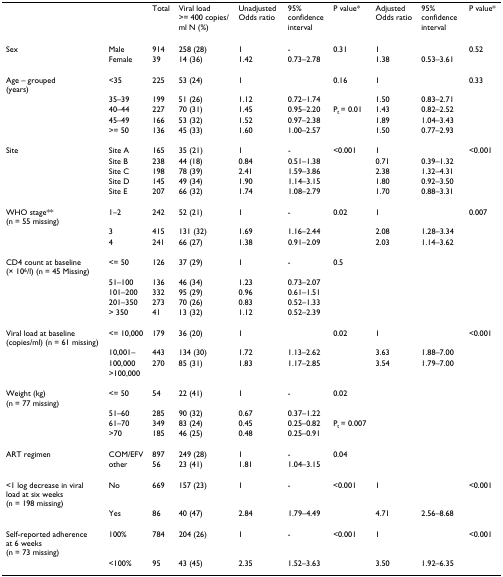
<table><thead><tr><td></td><td></td><td><b>Total</b></td><td><b>Viral load &gt;= 400 copies/ml N (%)</b></td><td><b>Unadjusted Odds ratio</b></td><td><b>95% confidence interval</b></td><td><b>P value*</b></td><td><b>Adjusted Odds ratio</b></td><td><b>95% confidence interval</b></td><td><b>P value*</b></td></tr></thead><tbody><tr><td>Sex</td><td>Male</td><td>914</td><td>258 (28)</td><td>1</td><td>-</td><td>0.31</td><td>1</td><td></td><td>0.52</td></tr><tr><td></td><td>Female</td><td>39</td><td>14 (36)</td><td>1.42</td><td>0.73–2.78</td><td></td><td>1.38</td><td>0.53–3.61</td><td></td></tr><tr><td>Age – grouped (years)</td><td>&lt;35</td><td>225</td><td>53 (24)</td><td>1</td><td></td><td>0.16</td><td>1</td><td></td><td>0.33</td></tr><tr><td></td><td>35–39</td><td>199</td><td>51 (26)</td><td>1.12</td><td>0.72–1.74</td><td></td><td>1.50</td><td>0.83–2.71</td><td></td></tr><tr><td></td><td>40–44</td><td>227</td><td>70 (31)</td><td>1.45</td><td>0.95–2.20</td><td>P<sub>t </sub>= 0.01</td><td>1.43</td><td>0.82–2.52</td><td></td></tr><tr><td></td><td>45–49</td><td>166</td><td>53 (32)</td><td>1.52</td><td>0.97–2.38</td><td></td><td>1.89</td><td>1.04–3.43</td><td></td></tr><tr><td></td><td>&gt;= 50</td><td>136</td><td>45 (33)</td><td>1.60</td><td>1.00–2.57</td><td></td><td>1.50</td><td>0.77–2.93</td><td></td></tr><tr><td>Site</td><td>Site A</td><td>165</td><td>35 (21)</td><td>1</td><td>-</td><td>&lt;0.001</td><td>1</td><td></td><td>&lt;0.001</td></tr><tr><td></td><td>Site B</td><td>238</td><td>44 (18)</td><td>0.84</td><td>0.51–1.38</td><td></td><td>0.71</td><td>0.39–1.32</td><td></td></tr><tr><td></td><td>Site C</td><td>198</td><td>78 (39)</td><td>2.41</td><td>1.59–3.86</td><td></td><td>2.38</td><td>1.32–4.31</td><td></td></tr><tr><td></td><td>Site D</td><td>145</td><td>49 (34)</td><td>1.90</td><td>1.14–3.15</td><td></td><td>1.80</td><td>0.92–3.50</td><td></td></tr><tr><td></td><td>Site E</td><td>207</td><td>66 (32)</td><td>1.74</td><td>1.08–2.79</td><td></td><td>1.70</td><td>0.88–3.31</td><td></td></tr><tr><td>WHO stage** (n = 55 missing)</td><td>1–2</td><td>242</td><td>52 (21)</td><td>1</td><td>-</td><td>0.02</td><td>1</td><td></td><td>0.007</td></tr><tr><td></td><td>3</td><td>415</td><td>131 (32)</td><td>1.69</td><td>1.16–2.44</td><td></td><td>2.08</td><td>1.28–3.34</td><td></td></tr><tr><td></td><td>4</td><td>241</td><td>66 (27)</td><td>1.38</td><td>0.91–2.09</td><td></td><td>2.03</td><td>1.14–3.62</td><td></td></tr><tr><td>CD4 count at baseline (× 10<sup>6</sup>/l) (n = 45 Missing)</td><td>&lt;= 50</td><td>126</td><td>37 (29)</td><td>1</td><td>-</td><td>0.5</td><td></td><td></td><td></td></tr><tr><td></td><td>51–100</td><td>136</td><td>46 (34)</td><td>1.23</td><td>0.73–2.07</td><td></td><td></td><td></td><td></td></tr><tr><td></td><td>101–200</td><td>332</td><td>95 (29)</td><td>0.96</td><td>0.61–1.51</td><td></td><td></td><td></td><td></td></tr><tr><td></td><td>201–350</td><td>273</td><td>70 (26)</td><td>0.83</td><td>0.52–1.33</td><td></td><td></td><td></td><td></td></tr><tr><td></td><td>&gt; 350</td><td>41</td><td>13 (32)</td><td>1.12</td><td>0.52–2.39</td><td></td><td></td><td></td><td></td></tr><tr><td>Viral load at baseline (copies/ml) (n = 61 missing)</td><td>&lt;= 10,000</td><td>179</td><td>36 (20)</td><td>1</td><td></td><td>0.02</td><td>1</td><td></td><td>&lt;0.001</td></tr><tr><td></td><td>10,001–</td><td>443</td><td>134 (30)</td><td>1.72</td><td>1.13–2.62</td><td></td><td>3.63</td><td>1.88–7.00</td><td></td></tr><tr><td></td><td>100,000</td><td>270</td><td>85 (31)</td><td>1.83</td><td>1.17–2.85</td><td></td><td>3.54</td><td>1.79–7.00</td><td></td></tr><tr><td></td><td>&gt;100,000</td><td></td><td></td><td></td><td></td><td></td><td></td><td></td><td></td></tr><tr><td>Weight (kg) (n = 77 missing)</td><td>&lt;= 50</td><td>54</td><td>22 (41)</td><td>1</td><td>-</td><td>0.02</td><td></td><td></td><td></td></tr><tr><td></td><td>51–60</td><td>285</td><td>90 (32)</td><td>0.67</td><td>0.37–1.22</td><td></td><td></td><td></td><td></td></tr><tr><td></td><td>61–70</td><td>349</td><td>83 (24)</td><td>0.45</td><td>0.25–0.82</td><td>P<sub>t </sub>= 0.007</td><td></td><td></td><td></td></tr><tr><td></td><td>&gt;70</td><td>185</td><td>46 (25)</td><td>0.48</td><td>0.25–0.91</td><td></td><td></td><td></td><td></td></tr><tr><td>ART regimen</td><td>COM/EFV</td><td>897</td><td>249 (28)</td><td>1</td><td>-</td><td>0.04</td><td></td><td></td><td></td></tr><tr><td></td><td>other</td><td>56</td><td>23 (41)</td><td>1.81</td><td>1.04–3.15</td><td></td><td></td><td></td><td></td></tr><tr><td>&lt;1 log decrease in viralload at six weeks(n = 198 missing)</td><td>No</td><td>669</td><td>157 (23)</td><td>1</td><td>-</td><td>&lt;0.001</td><td>1</td><td></td><td>&lt;0.001</td></tr><tr><td></td><td>Yes</td><td>86</td><td>40 (47)</td><td>2.84</td><td>1.79–4.49</td><td></td><td>4.71</td><td>2.56–8.68</td><td></td></tr><tr><td>Self-reported adherence at 6 weeks (n = 73 missing)</td><td>100%</td><td>784</td><td>204 (26)</td><td>1</td><td>-</td><td>&lt;0.001</td><td>1</td><td></td><td>&lt;0.001</td></tr><tr><td></td><td>&lt;100%</td><td>95</td><td>43 (45)</td><td>2.35</td><td>1.52–3.63</td><td></td><td>3.50</td><td>1.92–6.35</td><td></td></tr></tbody></table>